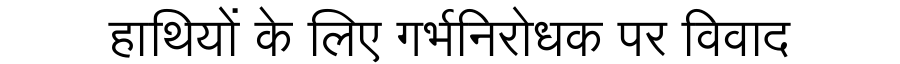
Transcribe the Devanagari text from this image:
हाथियों के लिए गर्भनिरोधक पर विवाद